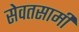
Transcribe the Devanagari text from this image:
सेवतसामी